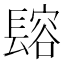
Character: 𨲟